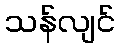
သန်လျင်